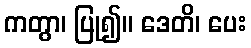
ကတွာ၊ ပြု၍။ ဒေတိ၊ ပေး